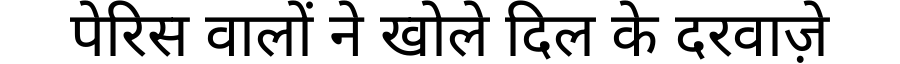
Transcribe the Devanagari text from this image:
पेरिस वालों ने खोले दिल के दरवाज़े